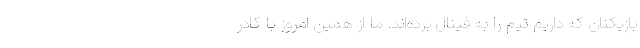
بازیکنان که داریم تیم را به فینال برده‌اند. ما از همین امروز با کادر